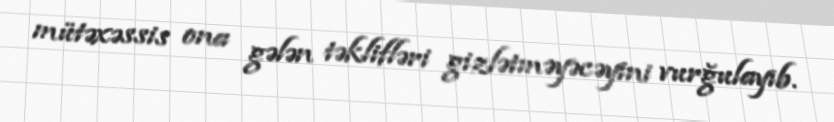
mütəxəssis ona gələn təklifləri gizlətməyəcəyini vurğulayıb.